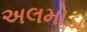
અલમોડા